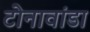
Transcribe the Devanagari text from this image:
टोनावांडा